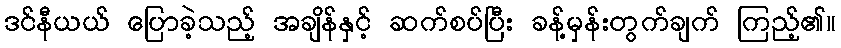
ဒင်နီယယ် ပြောခဲ့သည့် အချိန်နှင့် ဆက်စပ်ပြီး ခန့်မှန်းတွက်ချက် ကြည့်၏။